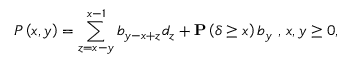
P \left( x , y \right) = \sum _ { z = x - y } ^ { x - 1 } b _ { y - x + z } d _ { z } + { \bf P } \left( \delta \geq x \right) b _ { y } \mathrm { ~ , ~ } x , y \geq 0 ,